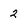
Character: 2